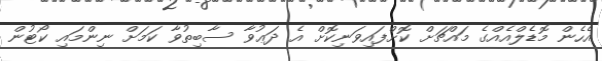
އެހެން މޮޑެލްއެއްގެ މައްޗަށް ކޮށްފައިވަނިކޮށް އެ ދަޢުވާ ސާބިތުވާ ކަމަށް ނިންމައި ކޯޓުން